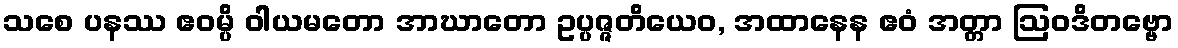
သစေ ပနဿ ဧဝမ္ပိ ဝါယမတော အာဃာတော ဥပ္ပဇ္ဇတိယေဝ, အထာနေန ဧဝံ အတ္တာ ဩဝဒိတဗ္ဗော